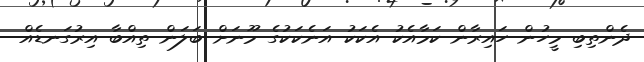
ދެންތިބި މީހުން ހައިރާން ކަމާއެކު އެކަކު އަނެކަކުގެ މޫނަށް ބަލަން ތިއްބާ އިރުގަނޑެއް